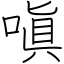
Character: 嗔